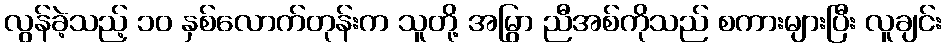
လွန်ခဲ့သည့် ၁၀ နှစ်လောက်တုန်းက သူတို့ အမြွာ ညီအစ်ကိုသည် စကားများပြီး လူချင်း